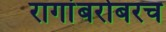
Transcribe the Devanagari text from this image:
रागांबरोबरच